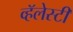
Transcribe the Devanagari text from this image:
व्हॅलेस्टी